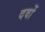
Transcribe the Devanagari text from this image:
दवों